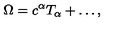
\Omega = c ^ { \alpha } T _ { \alpha } + \ldots ,